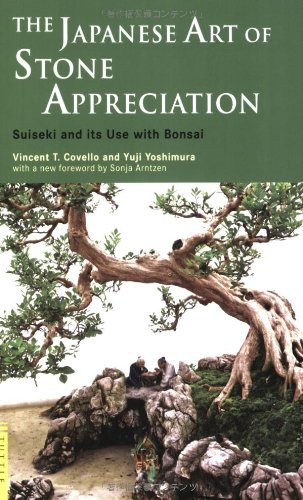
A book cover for The Japanese Art of Stone Appreciation: Suiseki and its use with Bonsai (Tuttle Classics); Vincent T. Covello; Crafts, Hobbies & Home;